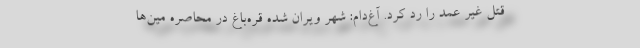
قتل غیر عمد را رد کرد. آغ‌دام: شهر ویران شده قره‌باغ در محاصره مین‌ها